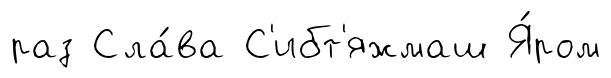
раз Сла́ва С'ибт'яжмаш Я́ром